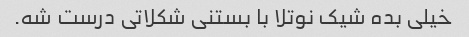
خیلی بده شیک نوتلا با بستنی شکلاتی درست شه.